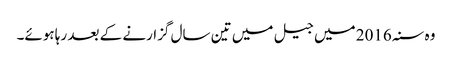
وہ سنہ 2016 میں جیل میں تین سال گزارنے کے بعد رہا ہوئے۔